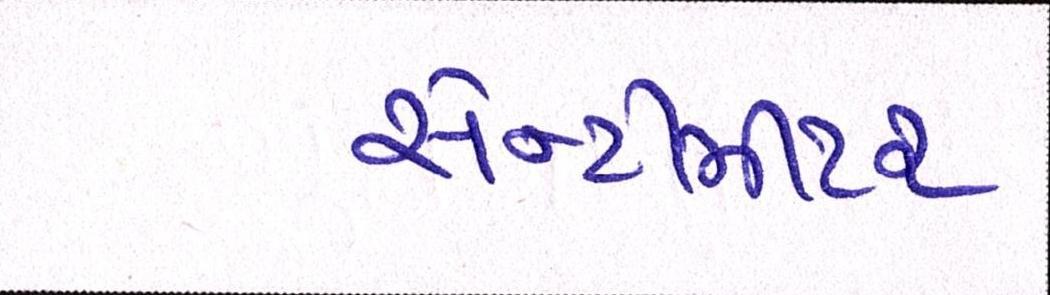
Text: સેન્ટીમીટર